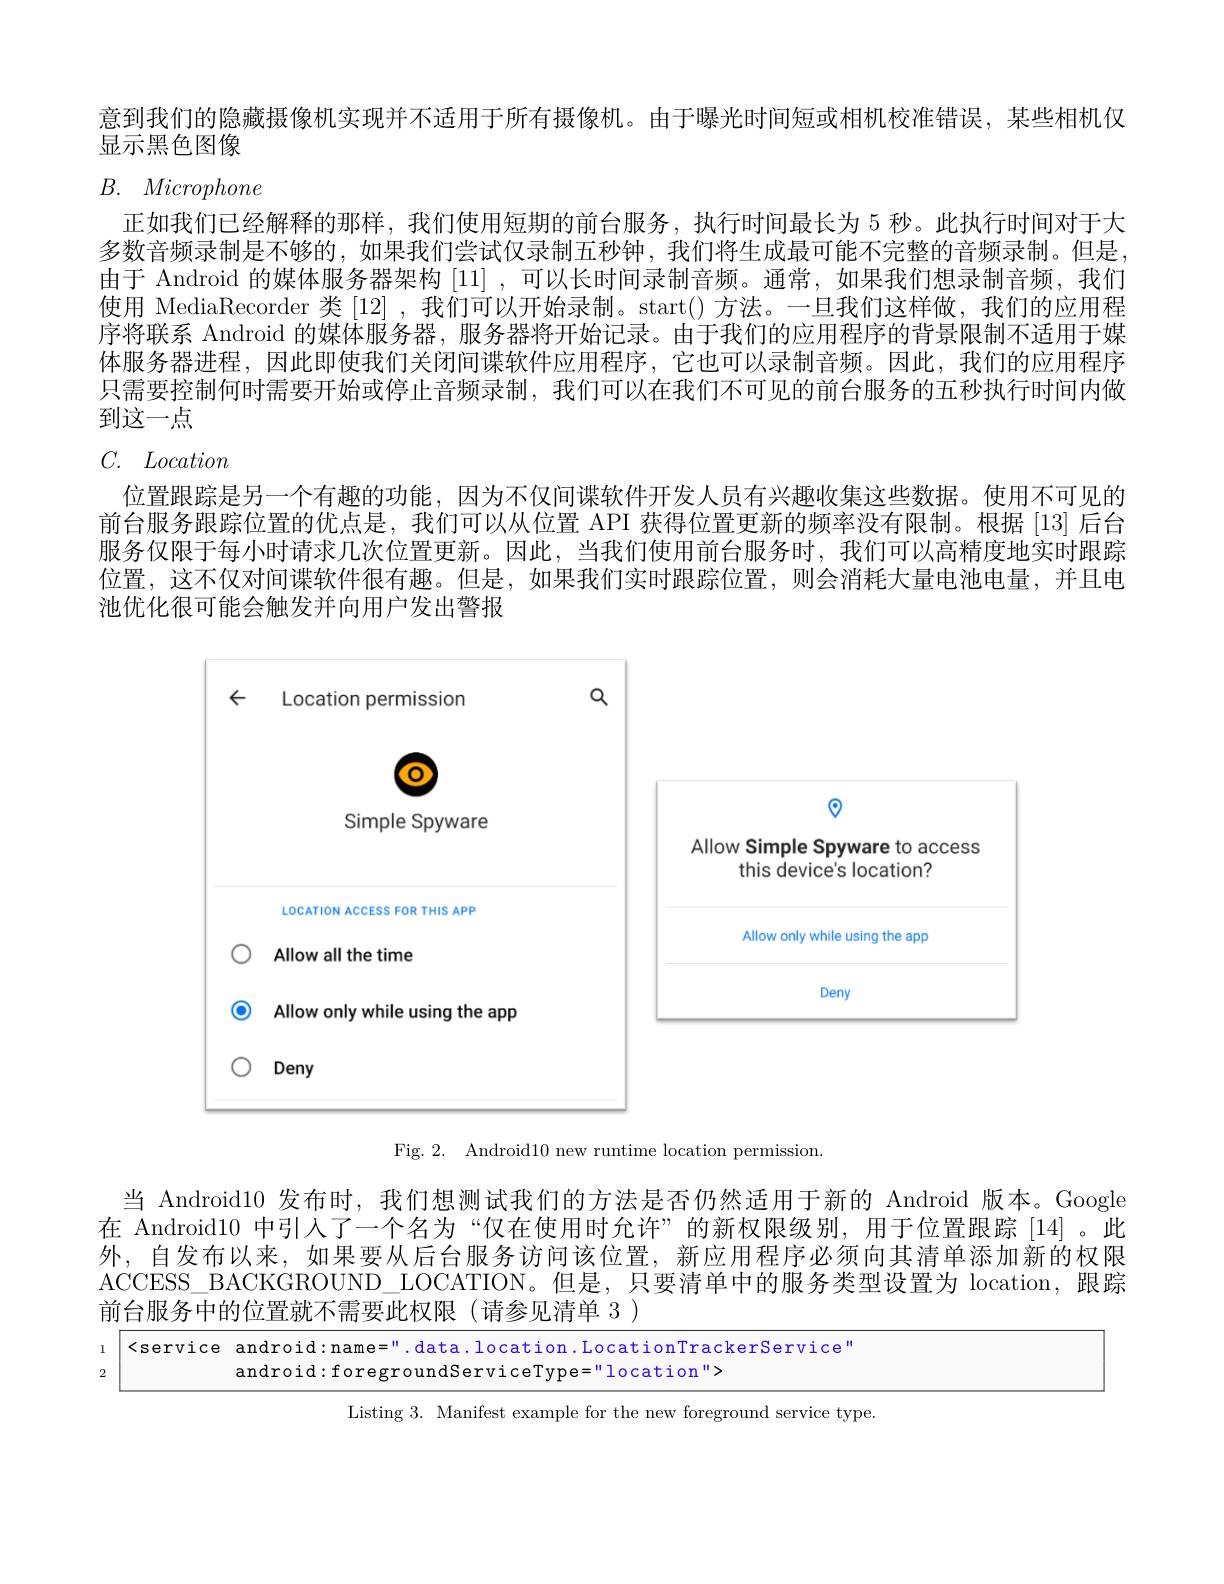
意到我们的隐藏摄像机实现并不适用于所有摄像机。由于曝光时间短或相机校准错误，某些相机仅
显示黑色图像
$B.$ Microphone

正如我们已经解释的那样，我们使用短期的前台服务，执行时间最长为 5 秒。此执行时间对于大多数音频录制是不够的，如果我们尝试仅录制五秒钟，我们将生成最可能不完整的音频录制。但是， 由于 Android 的媒体服务器架构 [11] ,可以长时间录制音频。通常，如果我们想录制音频，我们使用 MediaRecorder 类 [12] ,我们可以开始录制。start() 方法。一旦我们这样做，我们的应用程序将联系 Android 的媒体服务器，服务器将开始记录。由于我们的应用程序的背景限制不适用于媒体服务器进程，因此即使我们关闭间谍软件应用程序，它也可以录制音频。因此，我们的应用程序只需要控制何时需要开始或停止音频录制，我们可以在我们不可见的前台服务的五秒执行时间内做到这一点
$C.$ Location
位置跟踪是另一个有趣的功能，因为不仅间谍软件开发人员有兴趣收集这些数据。使用不可见的前台服务跟踪位置的优点是，我们可以从位置 API 获得位置更新的频率没有限制。根据 [13] 后台服务仅限于每小时请求几次位置更新。因此，当我们使用前台服务时，我们可以高精度地实时跟踪位置，这不仅对间谍软件很有趣。但是，如果我们实时跟踪位置，则会消耗大量电池电量，并且电池优化很可能会触发并向用户发出警报

<FigureHere>
Fig. 2. Android10 new runtime location permission

当 Androidl0 发布时，我们想测试我们的方法是否仍然适用于新的 Android 版本。Google 在 Android10 中引人了一个名为“仅在使用时允许”的新权限级别，用于位置跟踪[14]。此外，自发布以来，如果要从后台服务访问该位置，新应用程序必须向其清单添加新的权限ACCESS\_BACKGROUND\_LOCATION。但是，只要清单中的服务类型设置为 location,跟踪前台服务中的位置就不需要此权限(请参见清单 3 )

<service android:name=".data.location.LocationTrackerService"

2

android:foregroundServiceType="location">

Listing 3. Manifest example for the new foreground service type.